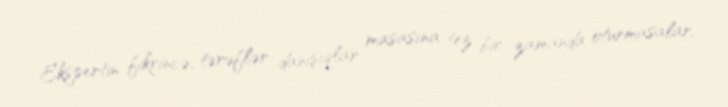
Ekspertin fikrincə, tərəflər danışıqlar masasına tez bir zamanda oturmasalar,